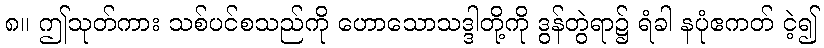
၈။ ဤသုတ်ကား သစ်ပင်စသည်ကို ဟောသောသဒ္ဒါတို့ကို ဒွန်တွဲရာ၌ ရံခါ နပုံဧကတ် ငဲ့၍